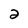
Character: 2